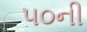
૫૦ની